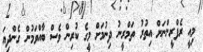
މިއީ ރެފްރީންނަށް އިތުރު ތަމްރީނު ދިނުމަށް މީގެ ކުރިން ވެސް ބާއްވަމުން ގެންދިޔަ